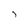
Character: 7